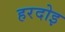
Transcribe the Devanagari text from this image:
हरदोइ